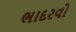
ભાદરવો